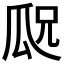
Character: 𬎢